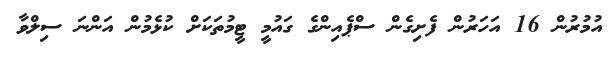
އުމުރުން 16 އަހަރުން ފެށިގެން ސްޕެއިންގެ ގައުމީ ޓީމުތަކަށް ކުޅެމުން އަންނަ ސިލްވާ